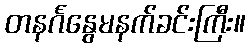
တနင်္ဂနွေမနက်ခင်းကြီး။